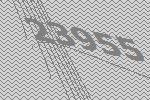
23955